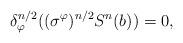
LaTeX: \begin{align*}\delta_{\varphi}^{n/2} ((\sigma^{\varphi})^{n/2} S^n(b)) =0, \end{align*}